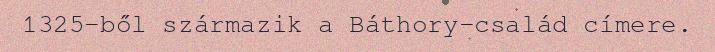
1325-ből származik a Báthory-család címere.